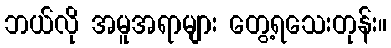
ဘယ်လို အမူအရာများ တွေ့ရသေးတုန်း။